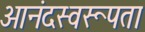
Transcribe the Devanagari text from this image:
आनंदस्वरूपता